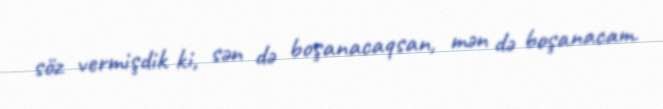
söz vermişdik ki, sən də boşanacaqsan, mən də boşanacam.